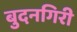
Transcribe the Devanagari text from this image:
बुदनगिरी